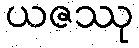
ယဇဿု